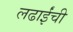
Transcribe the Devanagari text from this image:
लढाईंची